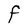
Character: F